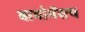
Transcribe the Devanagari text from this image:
बायोगॅसच